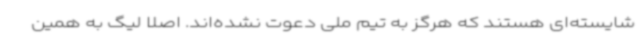
شایسته‌ای هستند که هرگز به تیم ملی دعوت نشده‌اند. اصلا لیگ به همین